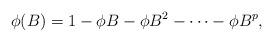
LaTeX: \begin{align*}\phi(B)=1-\phi B-\phi B^2-\cdots-\phi B^p,\end{align*}